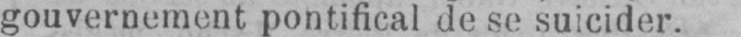
gouvernement pontifical de se suicider.